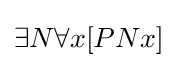
\exists N\forall x[PNx]